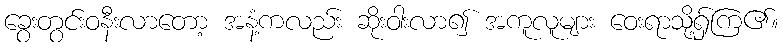
ခွေးတွင်းဝနီးလာတော့ အနံ့ကလည်း ဆိုးဝါးလာ၍ အကူလူများ ဝေးရာသို့ရှ်ကြ၏။